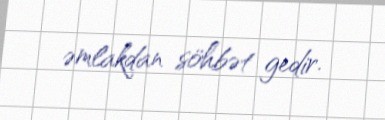
əmlakdan söhbət gedir.